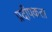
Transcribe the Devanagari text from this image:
प्रदीपकता